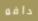
دافو